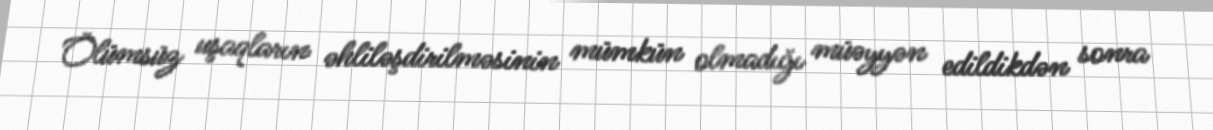
Ölümsüz uşaqların əhliləşdirilməsinin mümkün olmadığı müəyyən edildikdən sonra